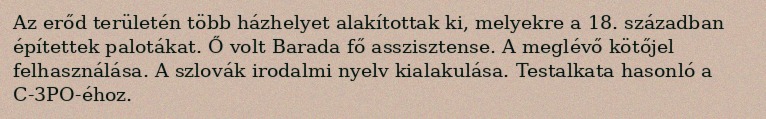
Az erőd területén több házhelyet alakítottak ki, melyekre a 18. században építettek palotákat. Ő volt Barada fő asszisztense. A meglévő kötőjel felhasználása. A szlovák irodalmi nyelv kialakulása. Testalkata hasonló a C-3PO-éhoz.